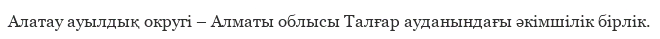
Алатау ауылдық округі – Алматы облысы Талғар ауданындағы әкімшілік бірлік.